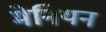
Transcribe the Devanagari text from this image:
मेनियन